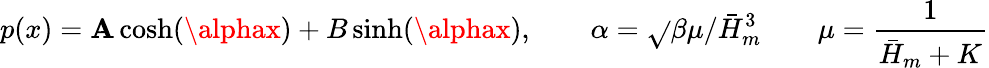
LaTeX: p(x)=\mathbf{A}\cosh(\alphax)+B\sinh(\alphax),\qquad\alpha=\sqrt{}{{\beta\mu/\bar{{H}}_{m}^{3}}}\qquad\mu={\frac{{1}}{{\bar{{H}}_{m}+K}}}